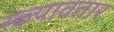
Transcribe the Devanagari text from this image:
स्व्ल्पावतार